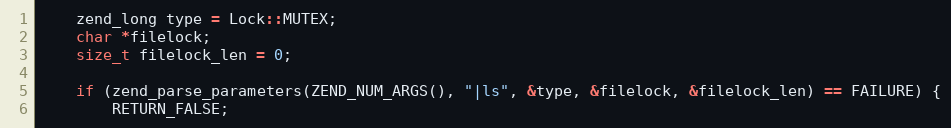
Language: C++
    zend_long type = Lock::MUTEX;
    char *filelock;
    size_t filelock_len = 0;

    if (zend_parse_parameters(ZEND_NUM_ARGS(), "|ls", &type, &filelock, &filelock_len) == FAILURE) {
        RETURN_FALSE;